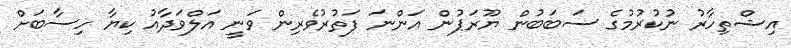
އިޝްތިހާރު ނުކުރުމުގެ ސަބަބުން ޔޫރަޕުން އަންނަ ފަތުރުވެރިން ވަނީ އަލްވަދާއު ކިޔާ ހިސާބަށް